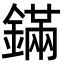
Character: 鏋